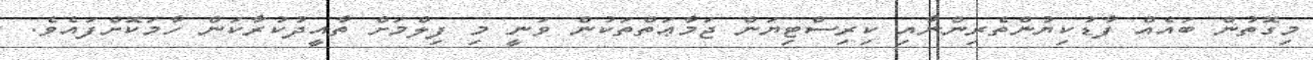
މިގޮތުން ބައެއް ފާޑުކިޔުންތެރިންނާއި ކިރިސްޓިޔަން ޖަމާޢަތްތަކުން ވަނީ މި ފިލްމަށް ތާއީދުކުރާކަން ހާމަކޮށްފައެވެ.